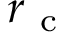
r _ { \mathrm { ~ c ~ } }